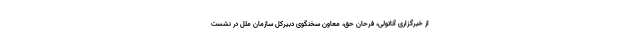
از خبرگزاری آناتولی، فرحان حق، معاون سخنگوی دبیرکل سازمان ملل در نشست